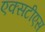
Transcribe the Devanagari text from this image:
एक्सटीएस